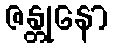
ဇန္တုနော